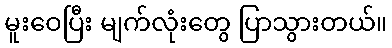
မူးဝေပြီး မျက်လုံးတွေ ပြာသွားတယ်။